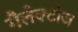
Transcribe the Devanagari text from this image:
गैलेक्टोज